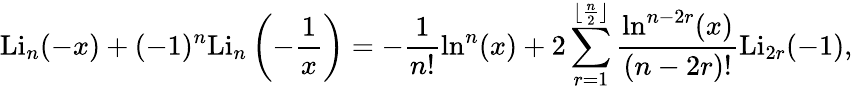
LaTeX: \mathrm{Li}_{n}(-x)+(-1)^{n}\mathrm{Li}_{n}\left(-\frac{1}{x}\right)=-\frac{1}{n!}\ln^{n}(x)+2\sum_{r=1}^{\lfloor\frac{n}{2}\rfloor}\frac{\ln^{n-2r}(x)}{(n-2r)!}\mathrm{Li}_{2r}(-1),